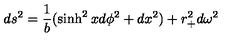
d s ^ { 2 } = { \frac { 1 } { b } } ( \sinh ^ { 2 } x d \phi ^ { 2 } + d x ^ { 2 } ) + r _ { + } ^ { 2 } d \omega ^ { 2 }